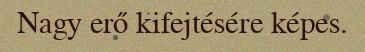
Nagy erő kifejtésére képes.